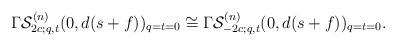
LaTeX: \begin{gather*} \Gamma{\cal S}^{(n)}_{2c;q,t}(0,d(s+f))_{q=t=0} \cong \Gamma{\cal S}^{(n)}_{-2c;q,t}(0,d(s+f))_{q=t=0}. \end{gather*}